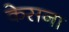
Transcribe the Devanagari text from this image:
केसना